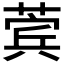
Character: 𬝯